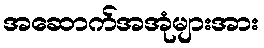
အဆောက်အအုံများအား